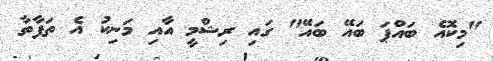
"މިކޮއެ ބައްޕަ ބައޭ ބައޭ" ގައި ރިޝްމީ އާއި މަނިކު އެ ތަފާތާ